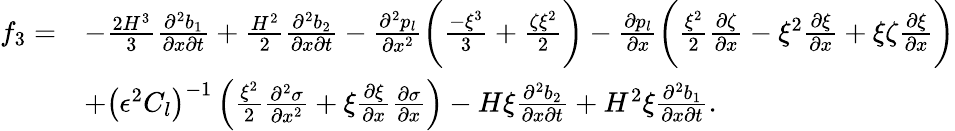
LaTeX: \begin{array}{rl}{f_{3}=}&{-\frac{2H^{3}}{3}\frac{\partial^{2}b_{1}}{\partial x\partial t}+\frac{H^{2}}{2}\frac{\partial^{2}b_{2}}{\partial x\partial t}-\frac{\partial^{2}p_{l}}{\partial x^{2}}\bigg(\frac{-\xi^{3}}{3}+\frac{\zeta\xi^{2}}{2}\bigg)-\frac{\partial p_{l}}{\partial x}\bigg(\frac{\xi^{2}}{2}\frac{\partial\zeta}{\partial x}-\xi^{2}\frac{\partial\xi}{\partial x}+\xi\zeta\frac{\partial\xi}{\partial x}\bigg)}\\ &{+\left(\epsilon^{2}C_{l}\right)^{-1}\left(\frac{\xi^{2}}{2}\frac{\partial^{2}\sigma}{\partial x^{2}}+\xi\frac{\partial\xi}{\partial x}\frac{\partial\sigma}{\partial x}\right)-H\xi\frac{\partial^{2}b_{2}}{\partial x\partial t}+H^{2}\xi\frac{\partial^{2}b_{1}}{\partial x\partial t}.}\end{array}